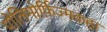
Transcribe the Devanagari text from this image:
पोलिमोर्फ़िज्मकहा